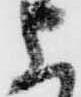
上